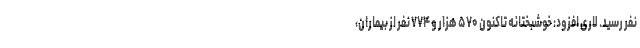
نفر رسید. لاری افزود: خوشبختانه تاکنون ۵۷۰ هزار و ۷۷۴ نفر از بیماران،